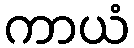
ကာယံ